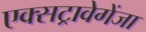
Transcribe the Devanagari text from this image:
एक्सट्रावेगेंजा